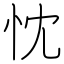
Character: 忱